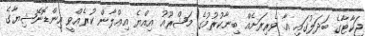
ޖަކާޓާގެ ބަދަލުގައި އާ ވެރިރަށެއް ބިނާކުރުމުގެ މަޝްރޫއު އިއްޔެ އިޢްލާން ކުރެއްވީ އިންޑޮނޭޝިޔާގެ